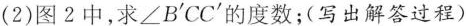
（2）图2中，求\angleB'CC'的度数；（写出解答过程）